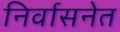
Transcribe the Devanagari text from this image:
निर्वासनेत